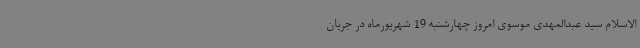
‌الاسلام سید عبدالمهدی موسوی امروز چهارشنبه 19 شهریورماه در جریان